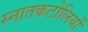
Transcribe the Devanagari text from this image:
स्नातकटोलियों